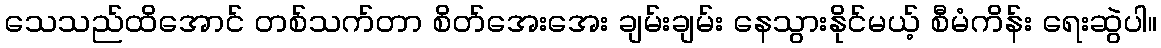
သေသည်ထိအောင် တစ်သက်တာ စိတ်အေးအေး ချမ်းချမ်း နေသွားနိုင်မယ့် စီမံကိန်း ရေးဆွဲပါ။